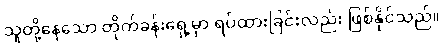
သူတို့နေသော တိုက်ခန်းရှေ့မှာ ရပ်ထားခြင်းလည်း ဖြစ်နိုင်သည်။